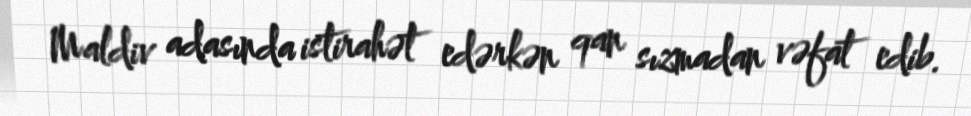
Maldiv adasında istirahət edərkən qan sızmadan vəfat edib.